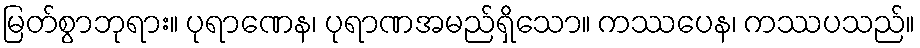
မြတ်စွာဘုရား။ ပုရာဏေန၊ ပုရာဏအမည်ရှိသော။ ကဿပေန၊ ကဿပသည်။